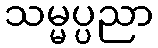
သမ္မပ္ပညာ